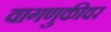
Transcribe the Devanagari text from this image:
वागणुकीवर